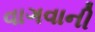
વાગવાની